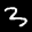
Label: 3